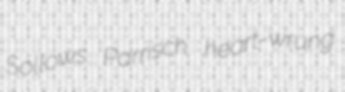
Sollows Parrisch heart-wrung